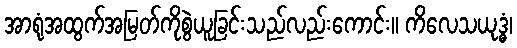
အာရုံအထွက်အမြတ်ကိုစွဲယူခြင်းသည်လည်းကောင်း။ ကိလေသယုဒ္ဓံ၊